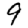
Digit: 9